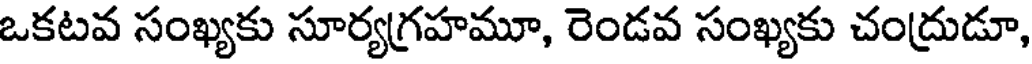
ఒకటవ సంఖ్యకు సూర్యగ్రహమూ, రెండవ సంఖ్యకు చంద్రుడూ,